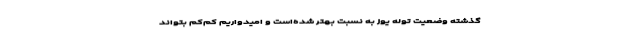
گذشته وضعیت توله یوز به نسبت بهتر شده‌است و امیدواریم کم‌کم بتواند